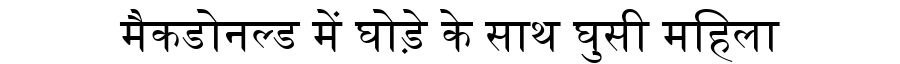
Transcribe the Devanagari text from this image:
मैकडोनल्ड में घोड़े के साथ घुसी महिला